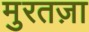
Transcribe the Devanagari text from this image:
मुरतज़ा